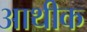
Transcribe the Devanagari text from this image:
आथीक